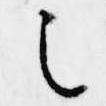
之